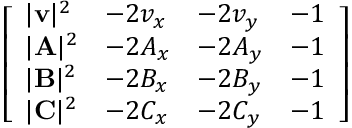
{ \left[ \begin{array} { l l l l } { | \mathbf { v } | ^ { 2 } } & { - 2 v _ { x } } & { - 2 v _ { y } } & { - 1 } \\ { | \mathbf { A } | ^ { 2 } } & { - 2 A _ { x } } & { - 2 A _ { y } } & { - 1 } \\ { | \mathbf { B } | ^ { 2 } } & { - 2 B _ { x } } & { - 2 B _ { y } } & { - 1 } \\ { | \mathbf { C } | ^ { 2 } } & { - 2 C _ { x } } & { - 2 C _ { y } } & { - 1 } \end{array} \right] }